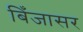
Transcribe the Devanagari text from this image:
बिँजासर